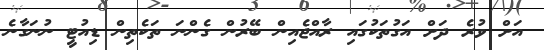
އަށް ވުރެ ދަށް އަގުތަކުގައި ރާއްޖެއިން ބޭރުން ގެންނަ ތަކެތިން ޑިއުޓީ ނުނަގާނެ